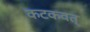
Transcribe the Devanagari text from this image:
कटकवत्